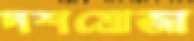
দশমোজা